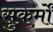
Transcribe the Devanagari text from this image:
सुकर्मों